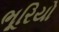
ભૂરિયો